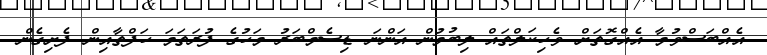
އެއްބަސްވުމާ އެއްގޮތަށް ވެހިކަލްތައް ލިބުމުން އަންނަ ޑިސެމްބަރު މަހުގެ ފުރަތަމަ ހަފްތާއިން ފެށިގެން